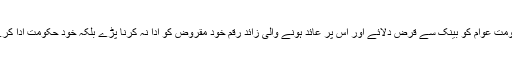
۹- تعلیم یا کسی اور مقصد کے لئے حکومت عوام کو بینک سے قرض دلائے اور اس پر عائد ہونے والی زائد رقم خود مقروض کو ادا نہ کرنا پڑے بلکہ خود حکومت ادا کرے تو اس طرح کا قرض لینا درست ہے۔